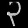
Digit: ၃